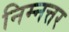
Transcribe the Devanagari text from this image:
निम्नत्तर